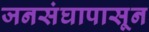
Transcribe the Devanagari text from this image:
जनसंघापासून